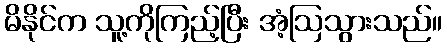
မိနိုင်က သူ့ကိုကြည့်ပြီး အံ့ဩသွားသည်။